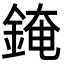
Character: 䤶